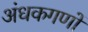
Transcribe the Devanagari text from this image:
अंधकगणों